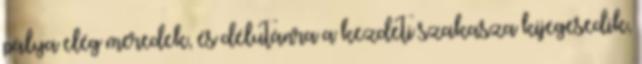
pálya elég meredek, és délutánra a kezdeti szakasza kijegesedik,